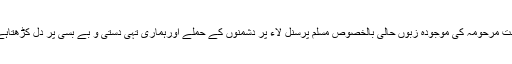
امت مرحومہ کی موجودہ زبوں حالی بالخصوص مسلم پرسنل لاء پر دشمنوں کے حملے اورہماری تہی دستی و بے بسی پر دل کڑھتاہے۔